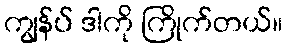
ကျွန်ပ် ဒါကို ကြိုက်တယ်။